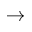
\rightarrow